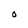
Character: O